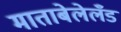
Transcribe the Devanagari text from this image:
माताबेलेलँड